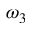
\omega _ { 3 }